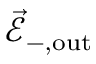
\vec { \mathcal { E } } _ { - , \mathrm { o u t } }